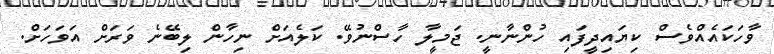
ވާހަކައެއްވެސް ކިޔައިދީފައި ހުންނާނީ. ޖަމީލާ ހާސްނުވޭ. ކަލެއަށް ނިހާން ލިބޭނެ ވަރަށް އަވަހަށް.